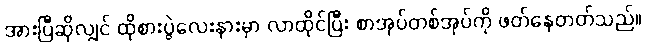
အားပြီဆိုလျှင် ထိုစားပွဲလေးနားမှာ လာထိုင်ပြီး စာအုပ်တစ်အုပ်ကို ဖတ်နေတတ်သည်။